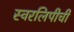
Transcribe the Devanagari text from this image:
स्वरलिपीची